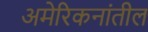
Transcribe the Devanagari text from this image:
अमेरिकनांतील